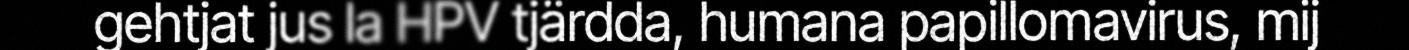
gehtjat jus la HPV tjärdda, humana papillomavirus, mij